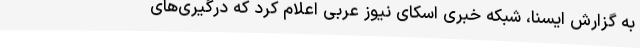
به گزارش ایسنا، شبکه خبری اسکای نیوز عربی اعلام کرد که درگیری‌های